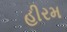
હીરમ